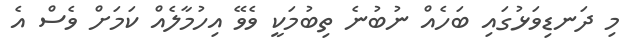
މި ދަނޑިވަޅުގައި ބަހެއް ނުބުނެ ތިބުމަކީ ވެވޭ އިހުމާލެއް ކަމަށް ވެސް އެ